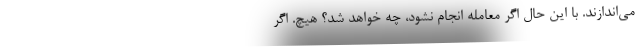
می‌اندازند. با این حال اگر معامله انجام نشود، چه خواهد شد؟ هیچ. اگر